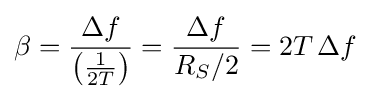
\beta ={\frac {\Delta f}{\left({\frac {1}{2T}}\right)}}={\frac {\Delta f}{R_{S}/2}}=2T\,\Delta f